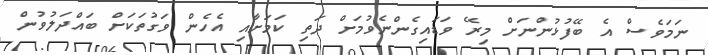
ނަމަވެސް އެ ބޭފުޅުންނަށް މިރޭ ވަޑައިގެންނެވުމަށް ދަތި ކަމަށާއި އެހެން ވަގުތަކަށް ބައްދަލުވުން